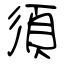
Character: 須